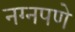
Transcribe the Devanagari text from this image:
नग्नपणे